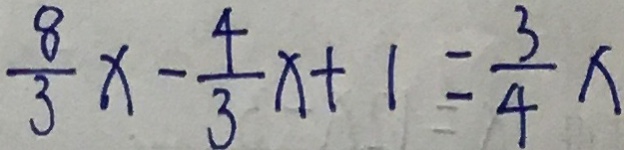
\frac { 8 } { 3 } x - \frac { 4 } { 3 } x + 1 = \frac { 3 } { 4 } x